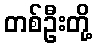
တစ်ဦးတို့